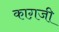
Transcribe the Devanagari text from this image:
काग़जी